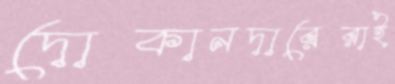
দোকানদারেরাই